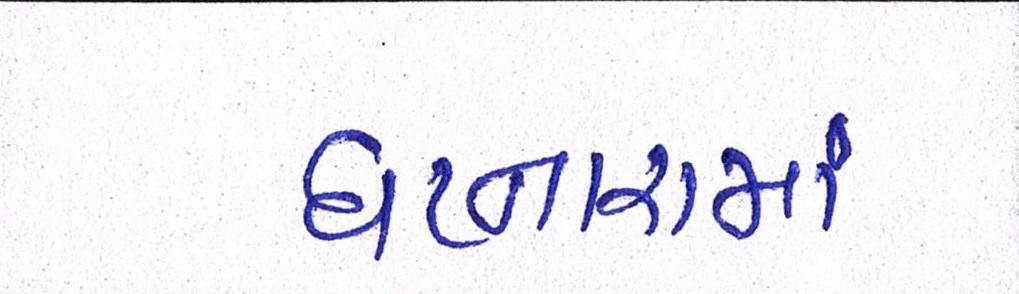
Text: ઘટનારામાં